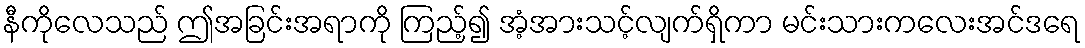
နီကိုလေသည် ဤအခြင်းအရာကို ကြည့်၍ အံ့အားသင့်လျက်ရှိကာ မင်းသားကလေးအင်ဒရေ